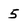
Character: 5